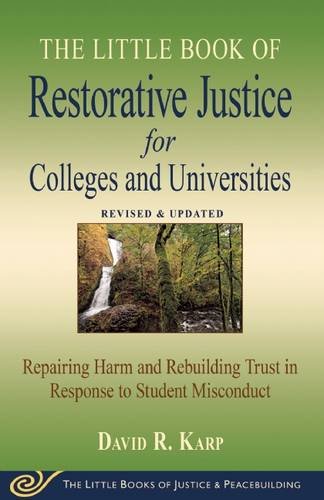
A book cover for Little Book of Restorative Justice for Colleges & Universities: Revised & Updated; David Karp; Education & Teaching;